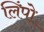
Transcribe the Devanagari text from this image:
लिंपो